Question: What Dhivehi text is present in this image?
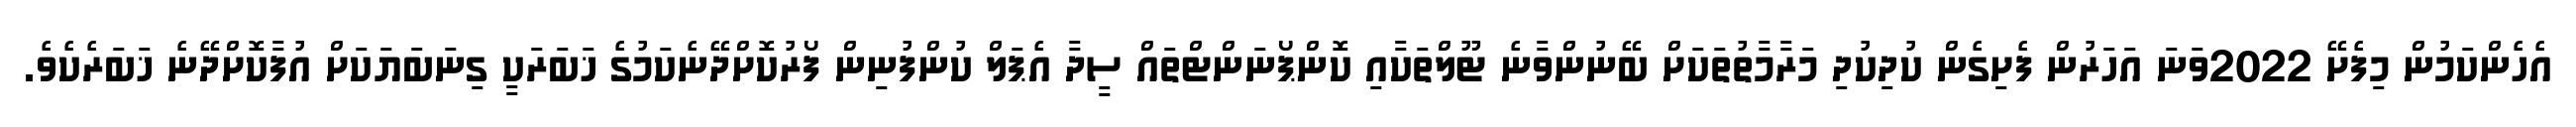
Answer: އެހެންކަމުން މިފެށޭ 2022ވަނަ އަހަރުން ފެށިގެން ކުދިކުދި މަރާމާތުތަކަށް ބޭނުންވާނެ ޓޫލްތަކާއި ކޮންޕޯނަންޓްތައް ސީދާ އެޕަލް ކުންފުނިން ފޯރުކޮށްދޭނެކަމުގެ ޚަބަރަކީ ގިނަބަޔަކަށް އުފާކޮށްދޭނެ ޚަބަރެކެވެ.